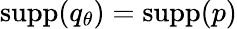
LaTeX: \textrm{supp}(q_{\theta})=\textrm{supp}(p)